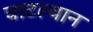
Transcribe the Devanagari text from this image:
चाटल्यान